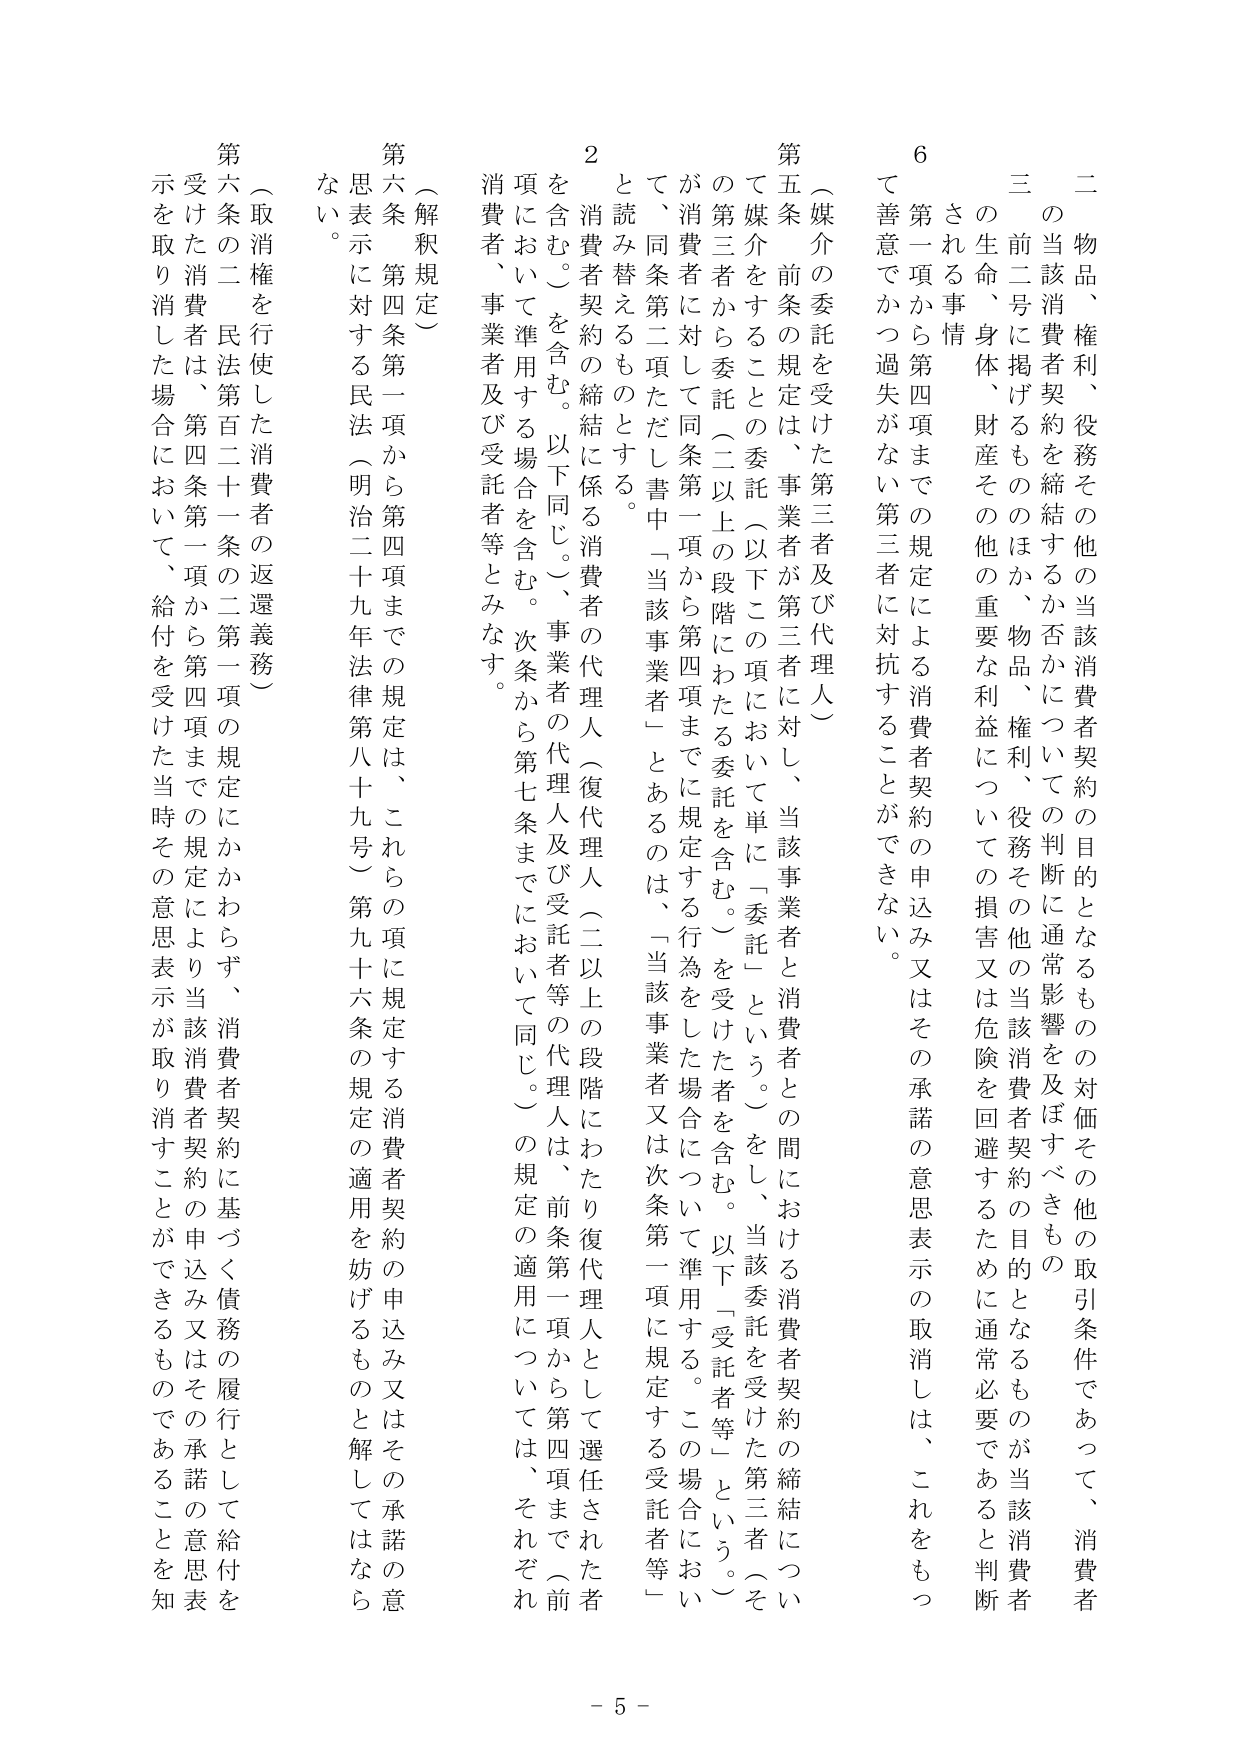
二 物品、権利、役務その他の当該消費者契約の目的となるものの対価その他の取引条件であって、消費者の当該消費者契約を締結するか否かについての判断に通常影響を及ぼすべきもの
三 前二号に掲げるもののほか、物品、権利、役務その他の当該消費者契約の目的となるものが当該消費者の生命、身体、財産その他の重要な利益についての損害又は危険を回避するために通常必要であると判断される事情
6 第一項から第四項までの規定による消費者契約の申込み又はその承諾の意思表示の取消しは、これをもって善意でかつ過失がない第三者に対抗することができない。
第五条 前条の規定は、事業者が第三者に対し、当該事業者と消費者との間における消費者契約の締結について媒介をすることの委託（以下この項において単に「委託」という。）をし、当該委託を受けた第三者（その第三者から委託（二以上の段階にわたる委託を含む。）を受けた者を含む。以下「受託者等」という。）が消費者に対して同条第一項から第四項までに規定する行為をした場合について準用する。この場合において、同条第二項ただし書中「当該事業者」とあるのは、「当該事業者又は次条第一項に規定する受託者等」と読み替えるものとする。
2 消費者契約の締結に係る消費者の代理人（復代理人（二以上の段階にわたり復代理人として選任された者を含む。）を含む。以下同じ。）、事業者の代理人及び受託者等の代理人は、前条第一項から第四項まで（前項において準用する場合を含む。次条から第七条までにおいて同じ。）の規定の適用については、それぞれ消費者、事業者及び受託者等とみなす。
（解釈規定）
第六条 第四条第一項から第四項までの規定は、これらの項に規定する消費者契約の申込み又はその承諾の意思表示に対する民法（明治二十九年法律第八十九号）第九十六条の規定の適用を妨げるものと解してはならない。
（取消権を行使した消費者の返還義務）
第六条の二 民法第百二十一条の二第一項の規定にかかわらず、消費者契約に基づく債務の履行として給付を受けた消費者は、第四条第一項から第四項までの規定により当該消費者契約の申込み又はその承諾の意思表示を取り消した場合において、給付を受けた当時その意思表示が取り消すことができるものであることを知
- 5 -